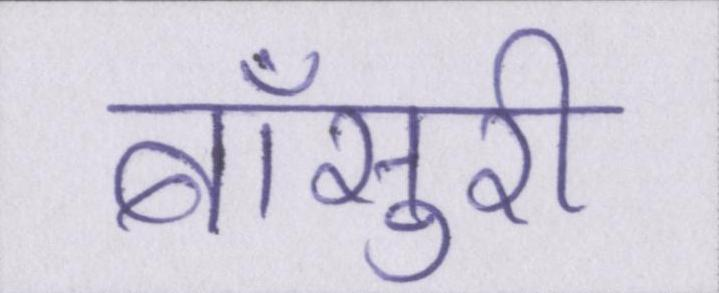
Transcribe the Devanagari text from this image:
बाँसुरी